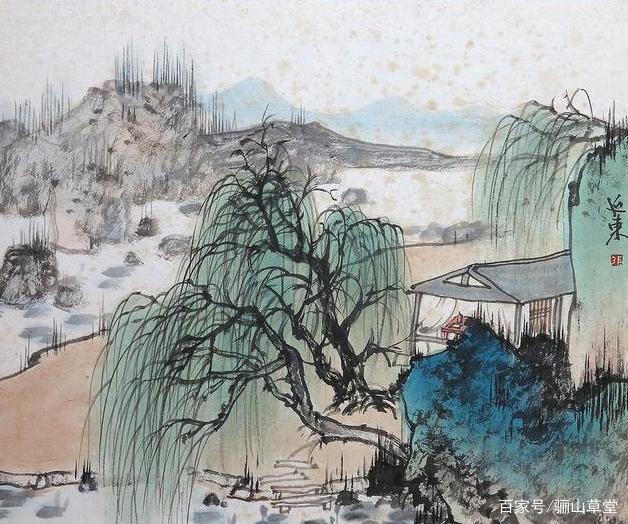
隔户杨柳弱袅袅，恰似十五女儿腰。